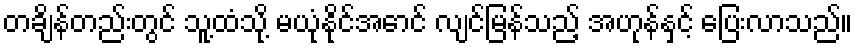
တချိန်တည်းတွင် သူ့ထံသို့ မယုံနိုင်အောင် လျင်မြန်သည့် အဟုန်နှင့် ပြေးလာသည်။